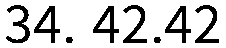
34. 42.42